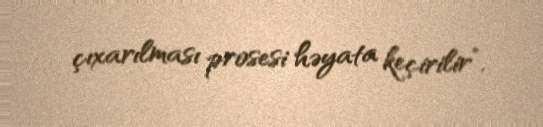
çıxarılması prosesi həyata keçirilir”.